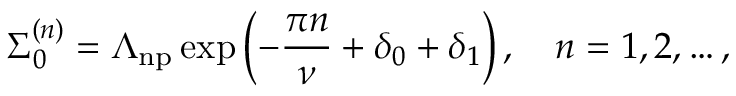
\Sigma _ { 0 } ^ { ( n ) } = \Lambda _ { \mathrm { n p } } \exp \left( - \frac { \pi n } { \nu } + \delta _ { 0 } + \delta _ { 1 } \right) , \quad n = 1 , 2 , \dots ,